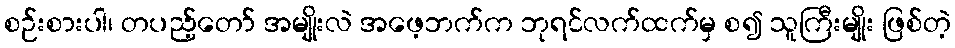
စဉ်းစားပါ၊ တပည့်တော် အမျိုးလဲ အဖေ့ဘက်က ဘုရင်လက်ထက်မှ စ၍ သူကြီးမျိုး ဖြစ်တဲ့